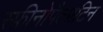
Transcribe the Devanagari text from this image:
स्फ़ीनोपैलाटिन